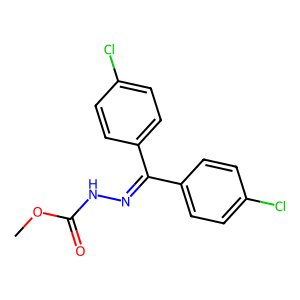
SMILES: COC(=O)NN=C(c1ccc(Cl)cc1)c1ccc(Cl)cc1
Inhibits HIV replication: No